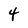
Character: 4